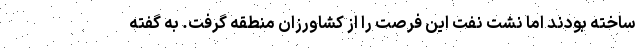
ساخته بودند اما نشت نفت این فرصت را از کشاورزان منطقه گرفت. به گفته